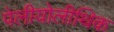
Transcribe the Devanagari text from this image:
पेलीयोलीथिक